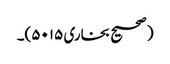
(صحیح بخاری ۵۰۱۵)۔